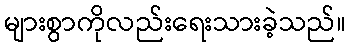
များစွာကိုလည်းရေးသားခဲ့သည်။